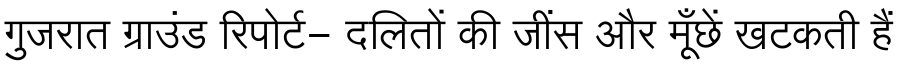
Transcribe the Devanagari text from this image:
गुजरात ग्राउंड रिपोर्ट- दलितों की जींस और मूँछें खटकती हैं